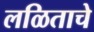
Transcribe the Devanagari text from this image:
लळिताचे